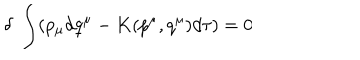
\delta \; \int ( p _ { \mu } d q ^ { \mu } - K ( p ^ { \mu } , q ^ { \mu } ) d \tau ) = 0